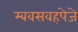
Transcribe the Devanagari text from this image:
म्बवसवहपेजे